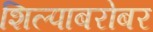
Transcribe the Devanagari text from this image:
शिल्पाबरोबर